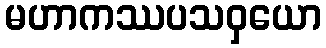
မဟာကဿပသဝှယော